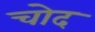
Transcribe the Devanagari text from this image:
चोद